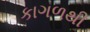
કાગળથી